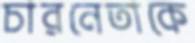
চারনেতাকে